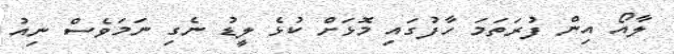
ލާއޯ އިން ފުރަތަމަ ހާފުގައި މޮޅަށް ކުޅެ ލީޑު ނެގި ނަމަވެސް ނިއު